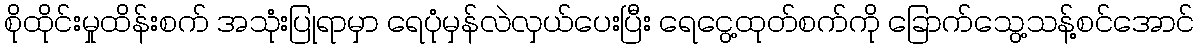
စိုထိုင်းမှုထိန်းစက် အသုံးပြုရာမှာ ရေပုံမှန်လဲလှယ်ပေးပြီး ရေငွေ့ထုတ်စက်ကို ခြောက်သွေ့သန့်စင်အောင်